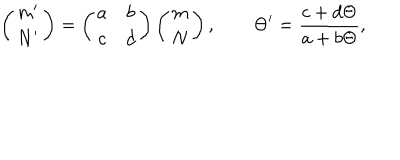
\left( \begin{array} { c } { { m ^ { \prime } } } \\ { { N ^ { \prime } } } \\ \end{array} \right) = \left( \begin{array} { c c } { { a } } & { { b } } \\ { { c } } & { { d } } \\ \end{array} \right) \left( \begin{array} { c } { { m } } \\ { { N } } \\ \end{array} \right) , \qquad \Theta ^ { \prime } = \frac { c + d \Theta } { a + b \Theta } ,